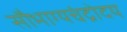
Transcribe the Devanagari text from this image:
सौभाग्यचंद्रोदय